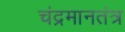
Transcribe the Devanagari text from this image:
चंद्रमानतंत्र